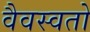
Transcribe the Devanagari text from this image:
वैवस्वतो